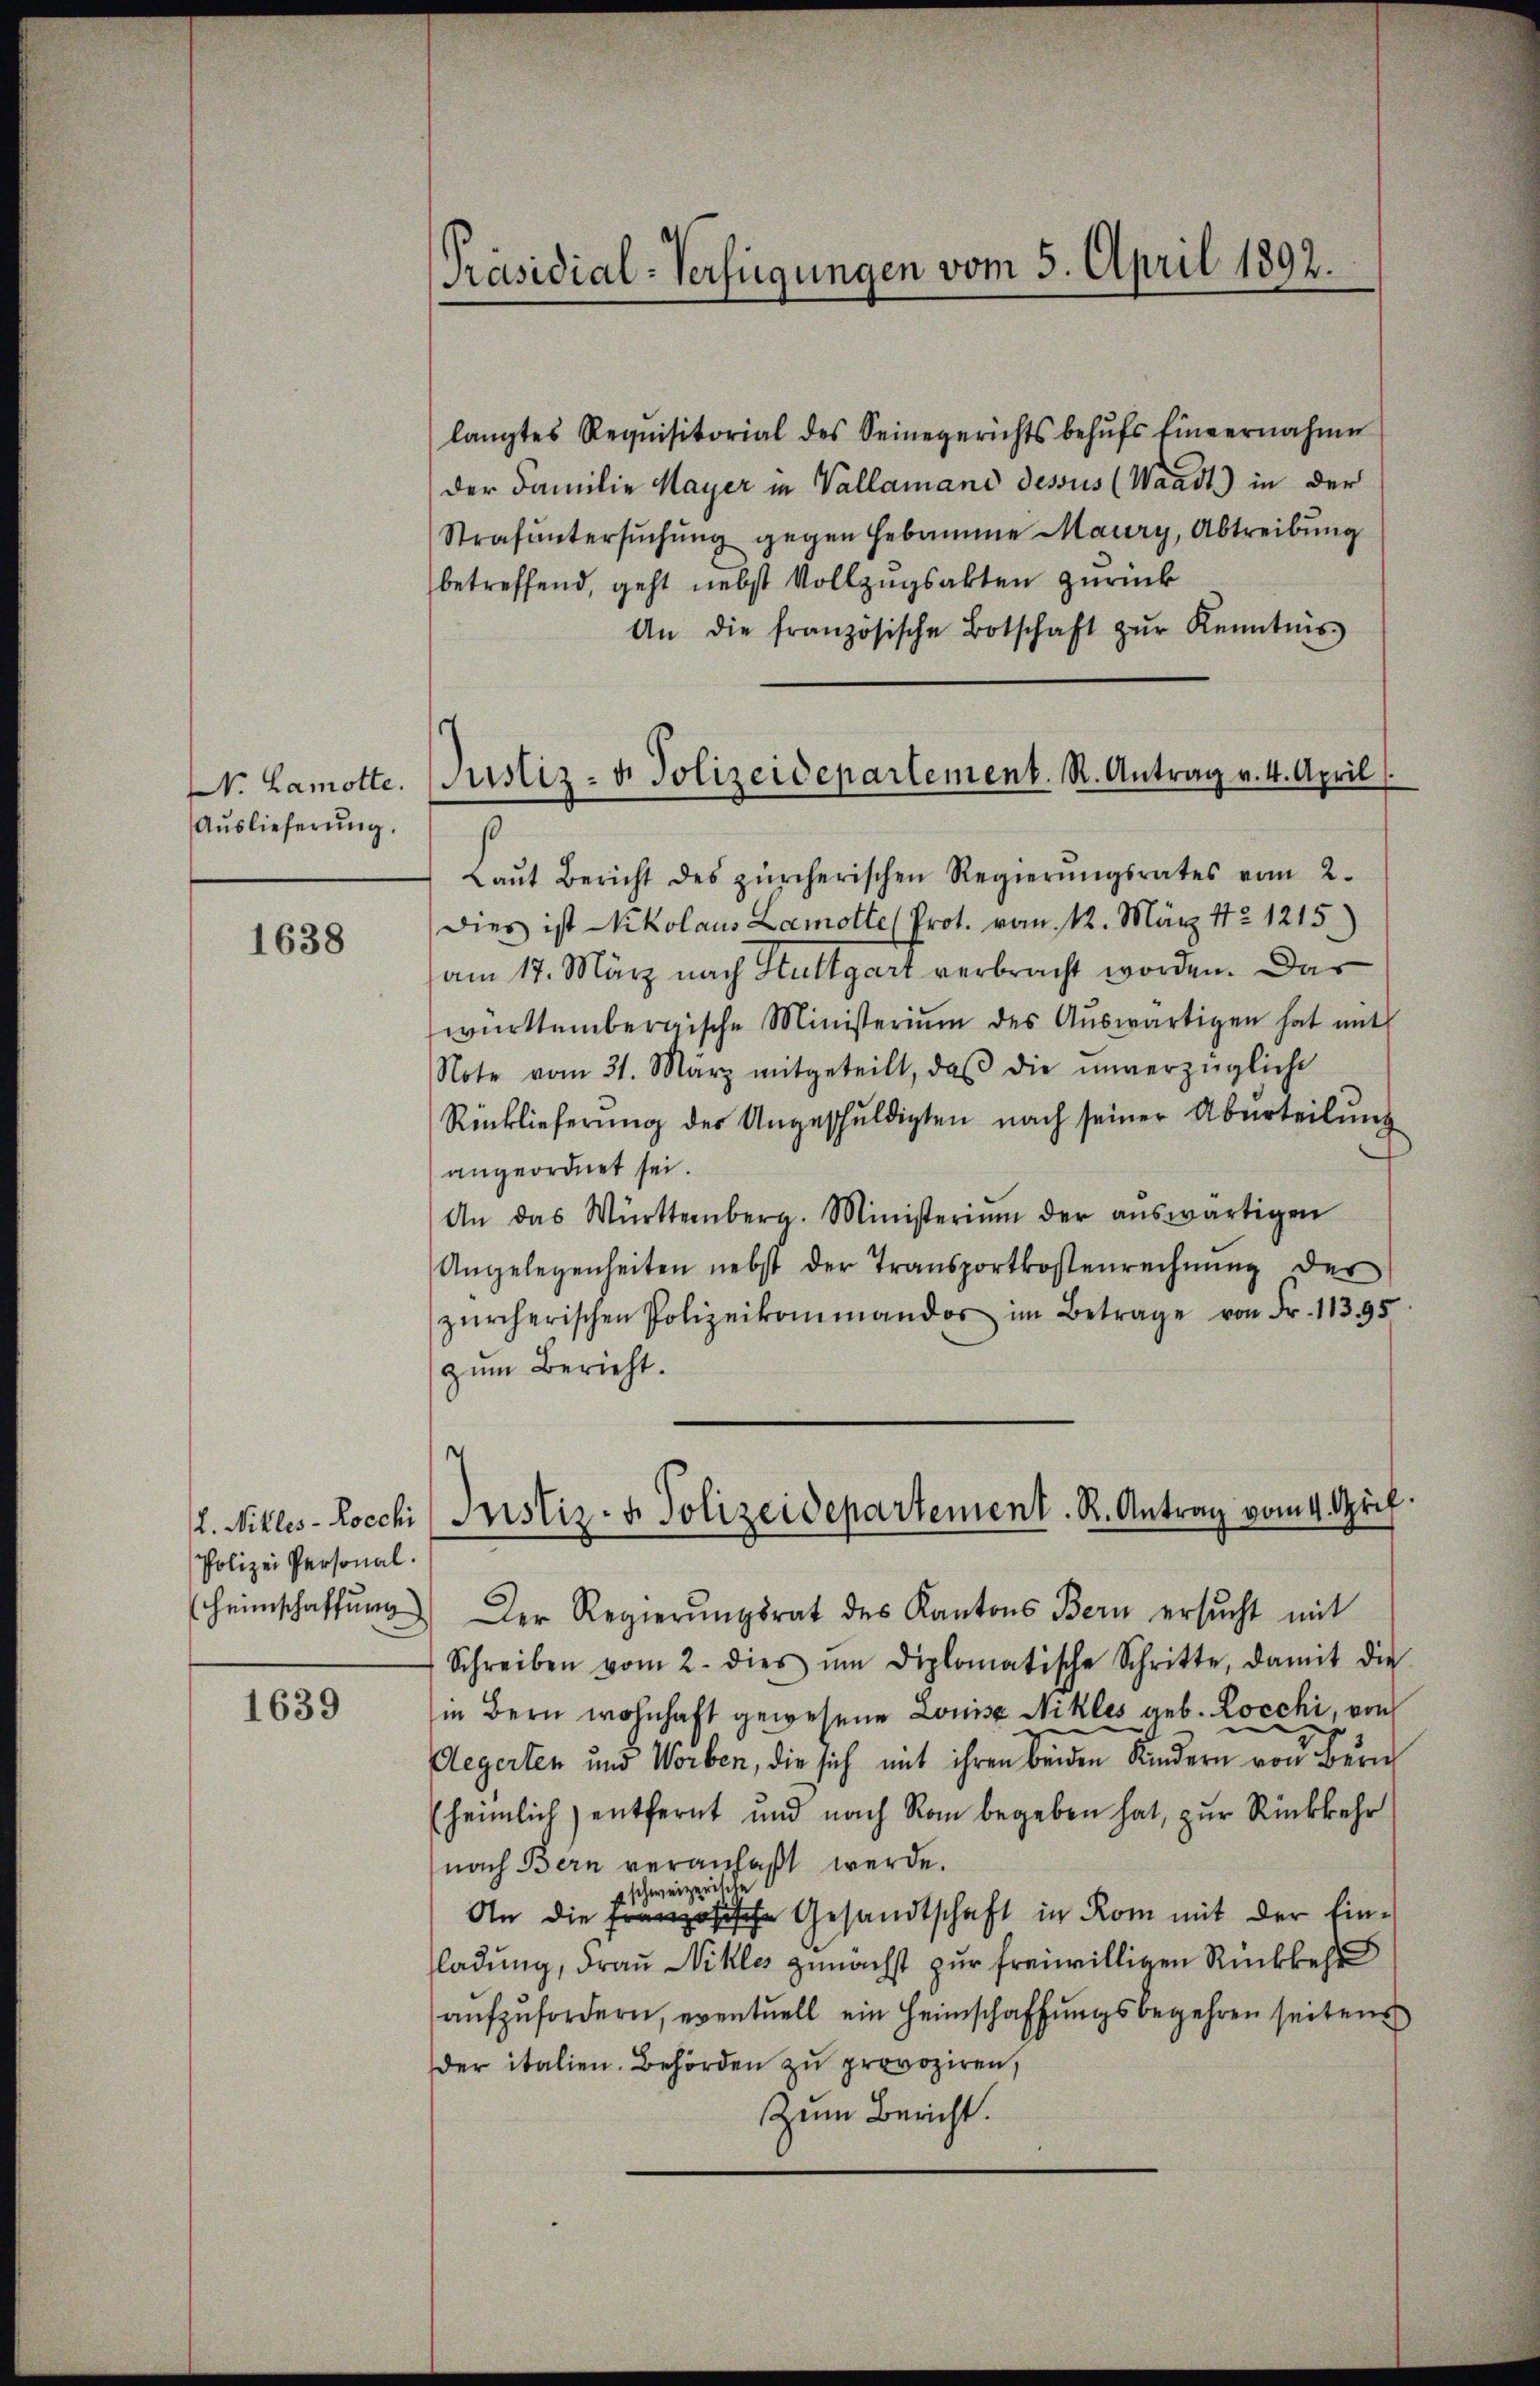
N. Lamotte.
Auslieferung.

1638

L. Nikles - Rocchi
Polizei Personal.
(Heimschaffung

1639

Präsidial-Verfügungen vom 5. April 1892.

langtes Requisitorial des Seinegerichts behŭfs Einvernahme
der Familie Mayer in Vallamand dessus (Waadt) in der
Strafuntersŭchŭng gegen Hebamme Maury, Abtreibung
betreffend, geht nebst Vollzugsakten zurück
An die französische Botschaft zŭr Kenntnis
s
Laŭt Bericht des zürcherischen Regierŭngsrates vom 2.
Dies ist Nikolaus Lamotte (Prot. vom 12. März 172. 1215
am 17. März nach Stuttgart verbracht worden. Das
württembergische Ministerium des Aŭswärtigen hat mit
Note vom 31. März mitgeteilt, daβ die unverzügliche
Rücklieferung des Ungeschuldigten nach seiner Überteilung
angeordnet sei.
An das Württemberg. Ministerium der aŭswärtigen
Angelegenheiten nebst der Transportkostenrechnŭng der
zürcherischen Polizeikommandos im Betrage von Fr. 11395.
zum Bericht.
Der Regierŭngsrat des Kantons Bern ersŭcht mit
Schreiben vom 2. dies um diplomatische Schritte, damit die
in Bern wohnhaft gewesene Louise Nikles geb. Locchi, von
Aegerten und Worben, die sich mit ihren beiden Kindern von Zürich
(heimlich entfernt und nach Rom begeben hat, zur Rückkehr
nach Bern veranlaßt werde.
schweizerische
An die Französische Gesandtschaft in Rom mit der Einladung, Frau Nikles zunächst zur freiwilligen Rückkehr
aufzufordern, eventuell ein Heimschaffungsbegehren seitens
der italien. Behörden zu provoziren,
Zum Bericht.

Justiz- & Polizeidepartement. R. Antrag v. 4. April

.
Justiz- & Polizeidepartement. R. Antrag vom 4. Aprif